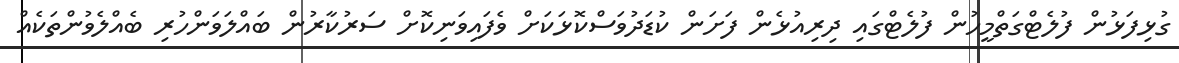
ގުޅިފަޅުން ފުލެޓްގަތްމީހުން ފުލެޓްގައި ދިރިއުޅެން ފަށަން ކުޑަދުވަސްކޮޅަކަށް ވެފައިވަނިކޮށް ސަރުކާރުން ބައްލަވަންހުރި ބެއްލެވުންތަކެއް